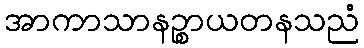
အာကာသာနဉ္စာယတနသညံ